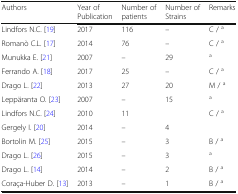
<table><thead><tr><td><b>Authors</b></td><td><b>Year of Publication</b></td><td><b>Number of patients</b></td><td><b>Number of Strains</b></td><td><b>Remarks</b></td></tr></thead><tbody><tr><td>Lindfors N.C. [19]</td><td>2017</td><td>116</td><td>–</td><td>C / <sup>a</sup></td></tr><tr><td>Romanò C.L. [17]</td><td>2014</td><td>76</td><td>–</td><td>C / <sup>a</sup></td></tr><tr><td>Munukka E. [21]</td><td>2007</td><td>–</td><td>29</td><td><sup>a</sup></td></tr><tr><td>Ferrando A. [18]</td><td>2017</td><td>25</td><td>–</td><td>C / <sup>a</sup></td></tr><tr><td>Drago L. [22]</td><td>2013</td><td>27</td><td>20</td><td>M / <sup>a</sup></td></tr><tr><td>Leppäranta O. [23]</td><td>2007</td><td>–</td><td>15</td><td><sup>a</sup></td></tr><tr><td>Lindfors N.C. [24]</td><td>2010</td><td>11</td><td></td><td>C / <sup>a</sup></td></tr><tr><td>Gergely I. [20]</td><td>2014</td><td>–</td><td>4</td><td></td></tr><tr><td>Bortolin M. [25]</td><td>2015</td><td>–</td><td>3</td><td>B / <sup>a</sup></td></tr><tr><td>Drago L. [26]</td><td>2015</td><td>–</td><td>3</td><td><sup>a</sup></td></tr><tr><td>Drago L. [14]</td><td>2014</td><td>–</td><td>2</td><td>B / <sup>a</sup></td></tr><tr><td>Coraça-Huber D. [13]</td><td>2013</td><td>–</td><td>1</td><td>B / <sup>a</sup></td></tr></tbody></table>